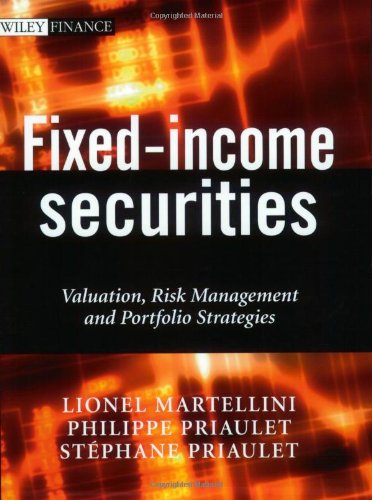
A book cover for Fixed-Income Securities: Valuation, Risk Management and Portfolio Strategies; Lionel Martellini; Business & Money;